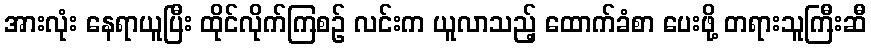
အားလုံး နေရာယူပြီး ထိုင်လိုက်ကြစဉ် လင်းက ယူလာသည့် ထောက်ခံစာ ပေးဖို့ တရားသူကြီးဆီ